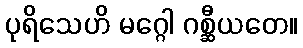
ပုရိသေဟိ မဂ္ဂေါ ဂစ္ဆီယတေ။